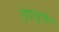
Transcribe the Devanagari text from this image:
गुंद्लुपेट